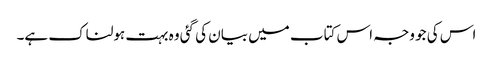
اس کی جو وجہ اس کتاب میں بیان کی گئی وہ بہت ہولناک ہے۔